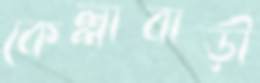
কেল্লাবাড়ী